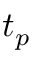
t _ { p }